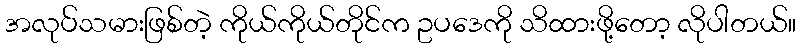
အလုပ်သမားဖြစ်တဲ့ ကိုယ်ကိုယ်တိုင်က ဥပဒေကို သိထားဖို့တော့ လိုပါတယ်။